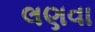
લણવા